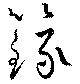
籙